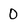
Character: 0